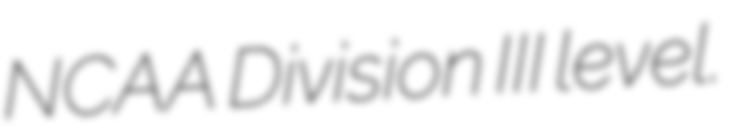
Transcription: NCAA Division III level.